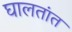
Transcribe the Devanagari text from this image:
घालतांत